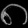
Digit: ၈